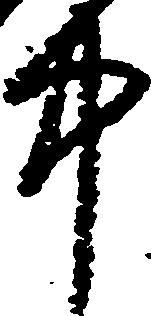
中